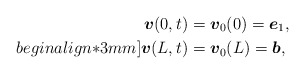
\begin{align*}\mbox{\mathversion{bold}$v$}(0,t) &= \mbox{\mathversion{bold}$v$}_{0}(0)=\mbox{\mathversion{bold}$e$}_{1}, \\begin{align*}3mm]\mbox{\mathversion{bold}$v$}(L,t) &= \mbox{\mathversion{bold}$v$}_{0}(L)=\mbox{\mathversion{bold}$b$},\end{align*}